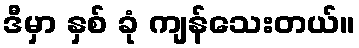
ဒီမှာ နှစ် ခုံ ကျန်သေးတယ်။